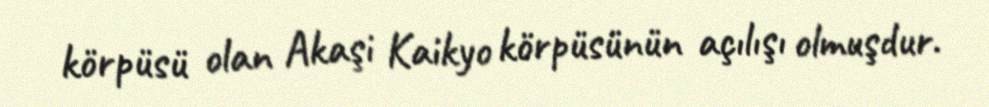
körpüsü olan Akaşi Kaikyo körpüsünün açılışı olmuşdur.